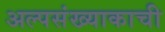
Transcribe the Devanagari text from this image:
अल्पसंख्याकाची